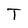
Character: T